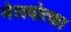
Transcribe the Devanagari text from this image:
मेलवोत्का